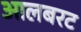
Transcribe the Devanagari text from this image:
आलबरट